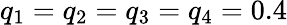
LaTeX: q_{1}=q_{2}=q_{3}=q_{4}=0.4